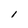
Character: l